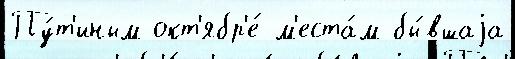
Пу́т'иным окт'ябр'е́ м'еста́м бы́вшаjа